Scottish Leaving Certificate Examination, 1956
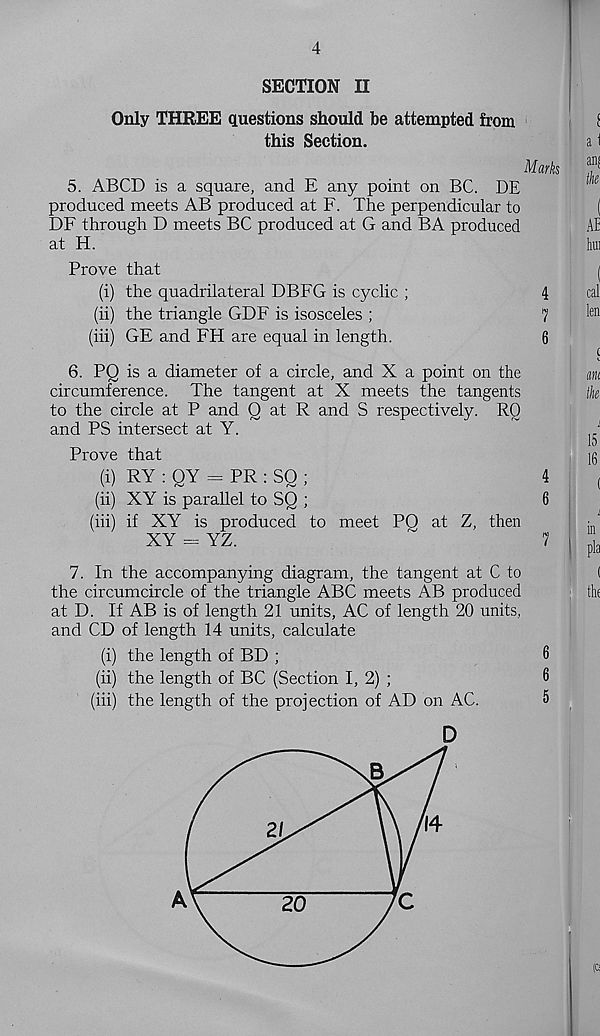
4
SECTION II
Only THREE questions should be attempted from
this Section.
5. ABCD is a square, and E any point on BC. DE
produced meets AB produced at F. The perpendicular to
DF through D meets BC produced at G and BA produced
at H.
Prove that
(i) the quadrilateral DBFG is cyclic ;
(ii) the triangle GDF is isosceles ;
(iii) GE and FH are equal in length.
6. PQ is a diameter of a circle, and X a point on the
circumference. The tangent at X meets the tangents
to the circle at P and Q at R and S respectively. RO
and PS intersect at Y.
Prove that
(i) RY : QY = PR : SO ;
(ii) XY is parallel to SQ ;
(iii) if XY is produced to meet PQ at Z, then
XY - YZ.
7. In the accompanying diagram, the tangent at C to
the circumcircle of the triangle ABC meets AB produced
at D. If AB is of length 21 units, AC of length 20 units,
and CD of length 14 units, calculate
(i) the length of BD ;
(ii) the length of BC (Section I, 2) ;
(iii) the length of the projection of AD on AC.
Marks